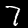
Digit: 7